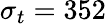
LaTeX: \sigma_{t}=352